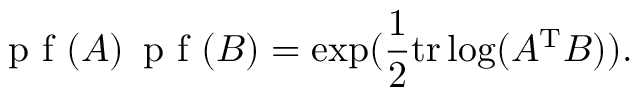
{ \textrm { p f } } ( A ) \, { \textrm { p f } } ( B ) = \exp ( { \frac { 1 } { 2 } } \mathrm { t r } \log ( A ^ { \mathrm { T } } B ) ) .